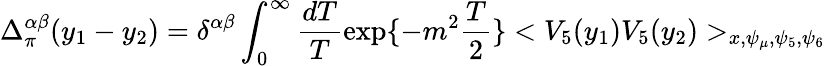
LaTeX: \Delta_{\pi}^{\alpha\beta}(y_{1}-y_{2})=\delta^{\alpha\beta}\int_{0}^{\infty}\frac{dT}{T}\exp\{ -m^{2}\frac{T}{2}\} <V_{5}(y_{1})V_{5}(y_{2})>_{x,\psi_{\mu},\psi_{5},\psi_{6}}